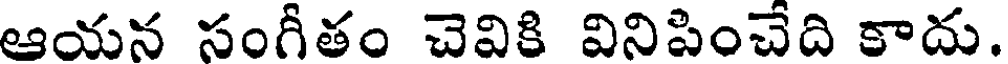
ఆయన సంగీతం చెవికి వినిపించేది కాదు.